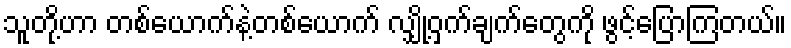
သူတို့ဟာ တစ်ယောက်နဲ့တစ်ယောက် လျှို့ဝှက်ချက်တွေကို ဖွင့်ပြောကြတယ်။